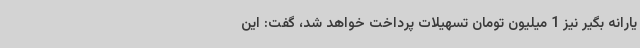
یارانه بگیر نیز 1 میلیون تومان تسهیلات پرداخت خواهد شد، گفت: این